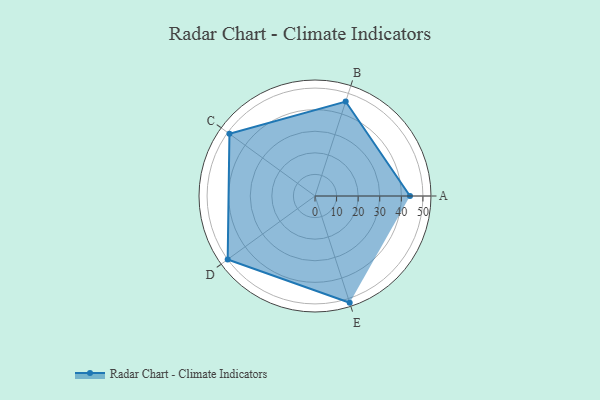
{"axis": {"x": "Skill", "y": "Score"}, "legend": ["Profile"], "data": [{"x": "A", "y": 44.0, "type": "Profile"}, {"x": "B", "y": 46.0, "type": "Profile"}, {"x": "C", "y": 49.0, "type": "Profile"}, {"x": "D", "y": 50.0, "type": "Profile"}, {"x": "E", "y": 52.0, "type": "Profile"}]}